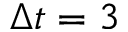
\Delta t = 3